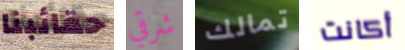
حقائبنا شرقي تمالك أكانت